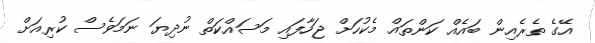
އޭގެ ތެރެއިން ބައެއް ކަންތައް މެކުހަށް ޖަހާފައި މަސައްކަތް ނުދިޔަ ނަމަވެސް ކުރިއަށް